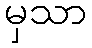
မှသာ